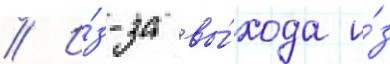
// И́з-за вы́хода и́з